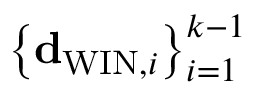
\left\{ { \bf d } _ { \mathrm { W I N } , i } \right\} _ { i = 1 } ^ { k - 1 }